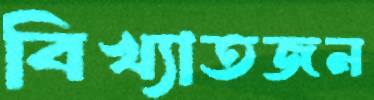
বিখ্যাতজন